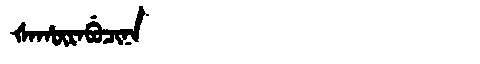
Manchu: ᡧᠠᡥᡡᡵᠠᠪᡠᠴᡳᠨᠠ
Romanization: ŠAHŪRABUCINA